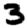
Digit: 3